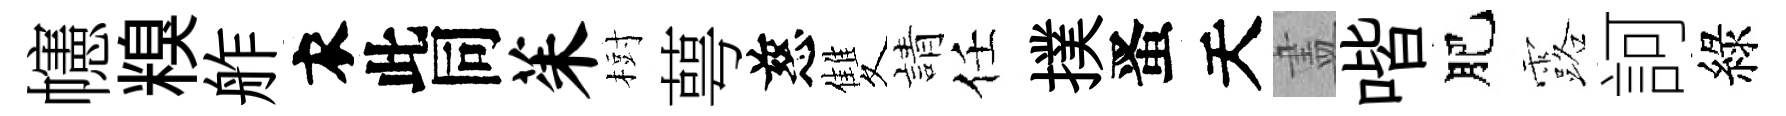
幰糗舴衣此同茱𣗳萼慈雙請任撲󱉠天𥁞喈肥露訶綠